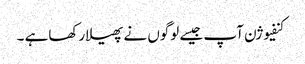
کنفیوژن آپ جیسے لوگوں نے پھیلارکھاہے ۔